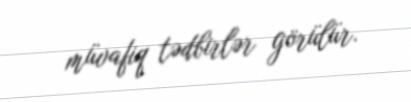
müvafiq tədbirlər görülür.